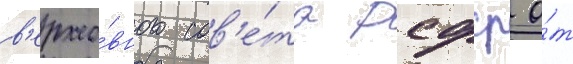
в'ерхо́вного сов'е́та рсфср о́т